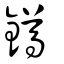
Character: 鐏